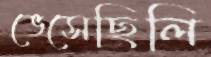
ভেসেছিলি